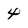
Character: 4